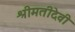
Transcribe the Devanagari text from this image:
श्रीमतीदेवी